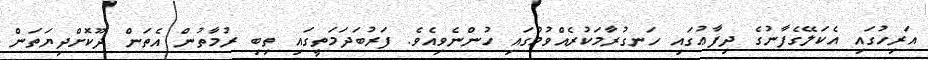
އަރިހުގައި އެކަލޭގެފާނުގެ ދިފާޢުގައި ހަނގުރާމަކުރެއްވުމުގައި ހުންނެވިއެވެ. ފަރުބަދަމަތީގައި ތިބި ރުމާތުން އެތަން ދޫކޮށްދިޔަތަން